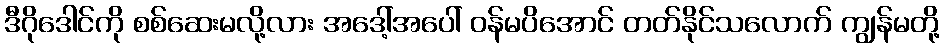
ဒီဂိုဒေါင်ကို စစ်ဆေးမလို့လား အဒေါ့်အပေါ် ဝန်မပိအောင် တတ်နိုင်သလောက် ကျွန်မတို့